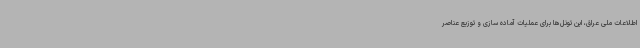
اطلاعات ملی عراق، این تونل‌ها برای عملیات آماده سازی و توزیع عناصر